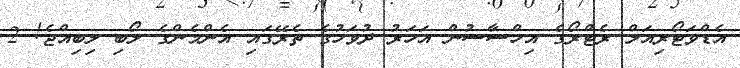
އެޑްވަޓޯރިއަލް ރެޓްރޯގެ އިހްސާސުން އަހަރު ދުވަހުގެ ތެރޭގައި އެންމެންގެ ލޯބި ލިބިއްޖެ! 2